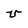
Character: v